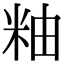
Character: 粙